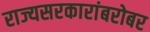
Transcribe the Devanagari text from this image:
राज्यसरकारांबरोबर